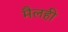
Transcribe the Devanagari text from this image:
मैलही